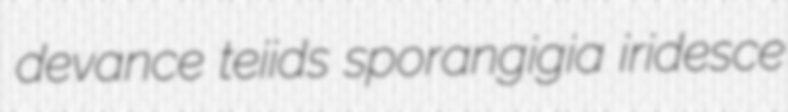
devance teiids sporangigia iridesce